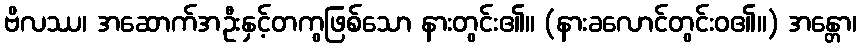
ဗိလဿ၊ အဆောက်အဦးနှင့်တကွဖြစ်သော နားတွင်း၏။ (နားခလောင်တွင်းဝ၏။) အန္တော၊